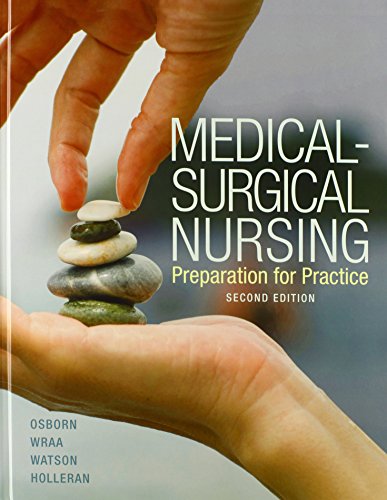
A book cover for Medical-Surgical Nursing (2nd Edition); Kathleen S. Osborn; Medical Books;